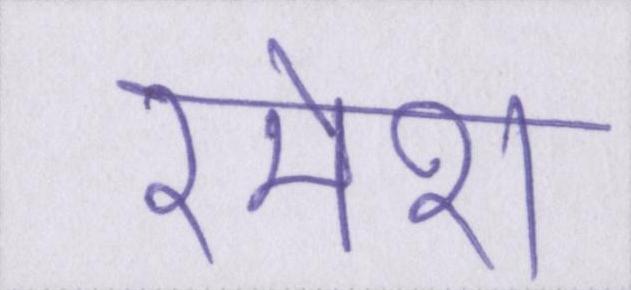
रमेश